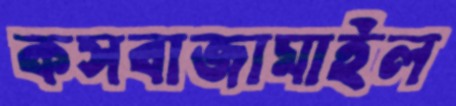
কসবাজামাইল